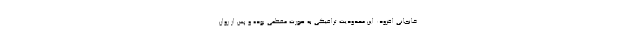
. خانجانی افزود: این محدودیت ترافیکی به صورت مقطعی بوده و پس از روان